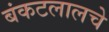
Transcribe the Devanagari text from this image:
बंकटलालचे